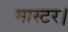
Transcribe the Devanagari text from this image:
मास्‍टर।